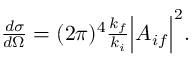
\begin{array} { r } { \frac { d \sigma } { d \Omega } = ( 2 \pi ) ^ { 4 } \frac { k _ { f } } { k _ { i } } \Big \vert A _ { i f } \Big \vert ^ { 2 } . } \end{array}